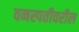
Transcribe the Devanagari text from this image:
वनस्पतीवरील